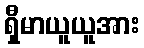
ရှီမာယူယူအား